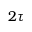
2 \tau